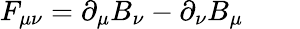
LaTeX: F_{\mu\nu}=\partial_{\mu}B_{\nu}-\partial_{\nu}B_{\mu}\qquad